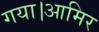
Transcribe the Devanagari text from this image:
गया।आमिर